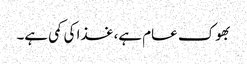
بھوک عام ہے، غذا کی کمی ہے۔